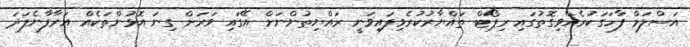
އަސްލަމް ފާހަގަކުރެއްވިގޮތުގައި ރިޕޯޓް ތައްޔާރުކުރެވިފައިވަނީ ރައްޔިތުންނަށް އޭގައި ވަރަށް ގިނަ އޮޅުންތަކެއް އަރާފާނެފަދަ